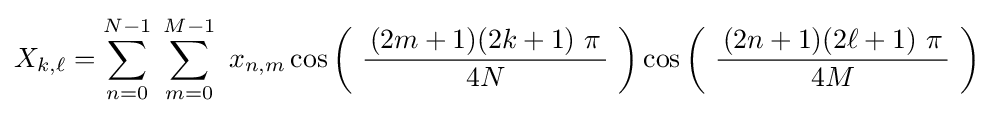
X_{k,\ell }=\sum _{n=0}^{N-1}\;\sum _{m=0}^{M-1}\ x_{n,m}\cos \left(\ {\frac {\,(2m+1)(2k+1)\ \pi \,}{4N}}\ \right)\cos \left(\ {\frac {\,(2n+1)(2\ell +1)\ \pi \,}{4M}}\ \right)~